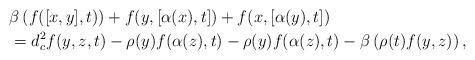
LaTeX: \begin{align*}&\beta \left( f([x,y],t)\right) +f(y,[\alpha(x),t]) +f(x,[\alpha(y),t])\\&=d^2_{c} f(y,z,t)-\rho(y)f( \alpha(z),t )-\rho(y)f( \alpha(z),t )-\beta \left( \rho(t)f(y,z) \right), \end{align*}